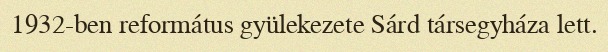
1932-ben református gyülekezete Sárd társegyháza lett.